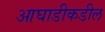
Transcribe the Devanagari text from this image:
आघाडीकडील